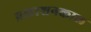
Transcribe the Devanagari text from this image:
प्रकाशनकाल